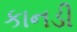
કાનડી